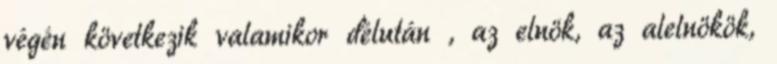
végén következik valamikor délután , az elnök, az alelnökök,